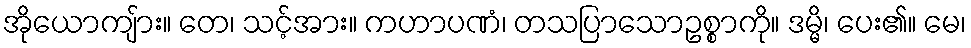
အိုယောကျ်ား။ တေ၊ သင့်အား။ ကဟာပဏံ၊ တသပြာသောဥစ္စာကို။ ဒမ္မိ၊ ပေး၏။ မေ၊